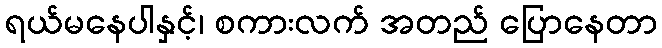
ရယ်မနေပါနှင့်၊ စကားလက် အတည် ပြောနေတာ